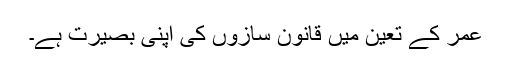
عمر کے تعین میں قانون سازوں کی اپنی بصیرت ہے۔